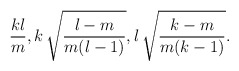
\begin{align*}\frac{k l}{m},k\,\sqrt{\frac{l-m}{m(l-1)}},l\,\sqrt{\frac{k-m}{m(k-1)}}.\end{align*}